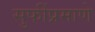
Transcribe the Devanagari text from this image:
सुफींप्रमाणे